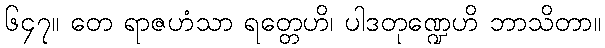
၆၄၇။ တေ ရာဇဟံသာ ရတ္တေဟိ၊ ပါဒတုဏ္ဍေဟိ ဘာသိတာ။